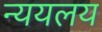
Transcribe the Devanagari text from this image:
न्ययलय